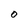
Character: O